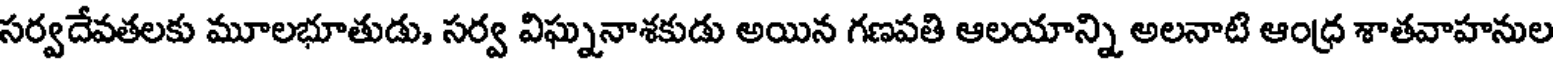
సర్వదేవతలకు మూలభూతుడు, సర్వ విఘ్ననాశకుడు అయిన గణపతి ఆలయాన్ని అలనాటి ఆంధ్ర శాతవాహనుల